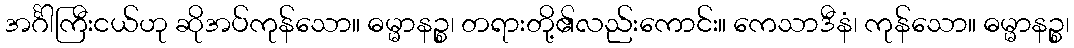
အင်္ဂါကြီးငယ်ဟု ဆိုအပ်ကုန်သော။ ဓမ္မာနဉ္စ၊ တရားတို့၏လည်းကောင်း။ ကေသာဒီနံ၊ ကုန်သော။ ဓမ္မာနဉ္စ၊